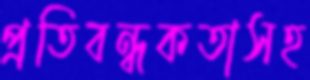
প্রতিবন্ধকতাসহ